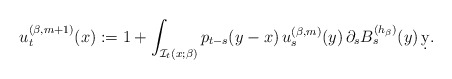
\begin{align*}u_t^{(\beta,m+1)}(x):=1+\int_{\mathcal{I}_t(x;\beta)} p_{t-s}(y-x)\, u_s^{(\beta,m)}(y) \,\partial_s B^{(h_\beta)}_s(y)\,\d y.\end{align*}